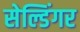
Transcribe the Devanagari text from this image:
सेल्डिंगर